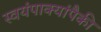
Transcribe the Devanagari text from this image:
स्वयंपाक्यांपैकी